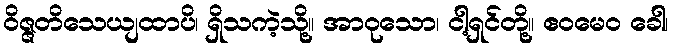
ဝိဇ္ဇတိသေယျထာပိ၊ ရှိသကဲ့သို့။ အာဝုသော၊ ငါ့ရှင်တို့။ ဧဝမေဝ ခေါ၊